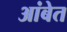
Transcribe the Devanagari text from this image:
आंबेत